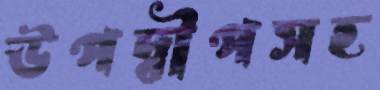
উপদ্বীপসহ